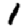
Digit: 1